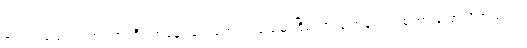
တော်ပါသေးရဲ့ အကြာကြီး အနေရခက်အောင် ပြည်မိုးငြိမ်းက ချက်ချင်းပဲ စကားပြောလိုက်သည်။